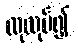
ထုလုပ်၍